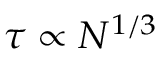
\tau \propto N ^ { 1 / 3 }